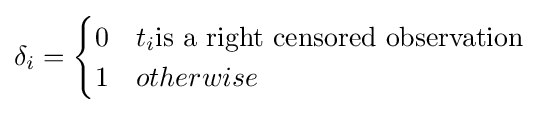
\delta _{i}={\begin{cases}0&t_{i}{\text{is a right censored observation}}\\1&otherwise\end{cases}}